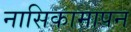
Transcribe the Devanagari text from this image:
नासिकामापन